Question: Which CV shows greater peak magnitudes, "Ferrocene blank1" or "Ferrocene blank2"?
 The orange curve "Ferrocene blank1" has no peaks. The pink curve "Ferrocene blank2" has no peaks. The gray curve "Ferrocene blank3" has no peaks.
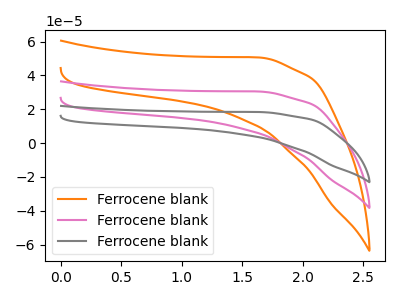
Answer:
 <answer>Niether CV has any peaks.</answer>
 <eval>blanks</eval>